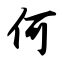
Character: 何